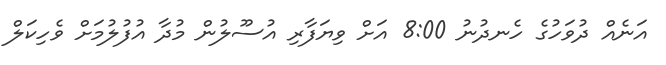
އަނެއް ދުވަހުގެ ހެނދުނު 8:00 އަށް ވިޔަފާރި އުސޫލުން މުދާ އުފުލުމަށް ވެހިކަލް